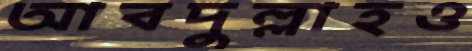
আবদুল্লাহও